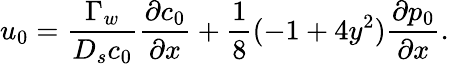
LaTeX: u_{0}=\frac{\Gamma_{w}}{D_{s}c_{0}}\frac{\partial c_{0}}{\partial x}+\frac{1}{8}(-1+4y^{2})\frac{\partial p_{0}}{\partial x}.